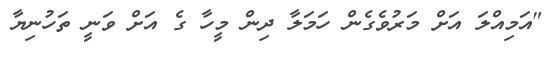
"އަމިއްލަ އަށް މަރުވެގެން ހަމަލާ ދިން މީހާ ގެ އަށް ވަނީ ތަހުނިޔާ